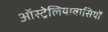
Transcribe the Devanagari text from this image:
ऑस्ट्रेलियावासियों